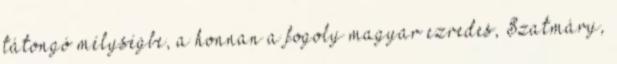
tátongó mélységbe, a honnan a fogoly magyar ezredes, Szatmáry,